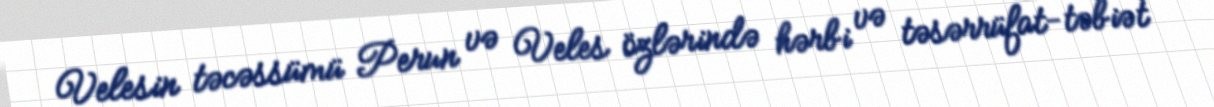
Velesin təcəssümü Perun və Veles özlərində hərbi və təsərrüfat-təbiət